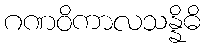
ဂဏဝိကာလသန္နိဓိ